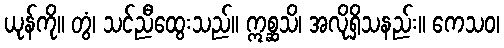
ယုန်ကို။ တွံ၊ သင်ညီထွေးသည်။ ဣစ္ဆသိ၊ အလိုရှိသနည်း။ ကေသဝ၊